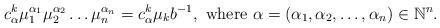
\begin{align*}c_{\alpha}^k \mu_1 ^{\alpha_1} \mu_2 ^{\alpha_2}\dots \mu_ n ^{\alpha_n}=c_{\alpha}^k \mu_k b^{-1},\textrm{ where } \alpha =(\alpha_1, \alpha_2, \dots ,\alpha_n) \in \mathbb{N}^n.\end{align*}